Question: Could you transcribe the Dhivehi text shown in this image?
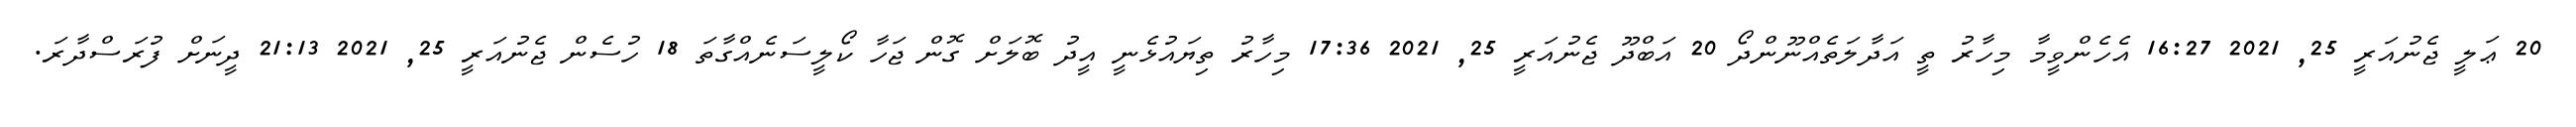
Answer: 20 ޢަލީ ޖެނުއަރީ 25, 2021 16:27 އެހެންވީމާ މިހާރު ތީ އަދާލަތެއްނޫންދޯ 20 އަބްދޫ ޖެނުއަރީ 25, 2021 17:36 މިހާރު ތިޔައުޅެނީ އީދު ބޮލަށް ގޮން ޖަހާ ކޯލީސަނެއްގާތަ 18 ހުސެން ޖެނުއަރީ 25, 2021 21:13 ދީނަށް ފުރަސްދާރަ.